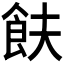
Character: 𬲋